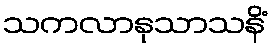
သကလာနုသာသနိံ